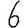
Digit: 6